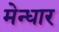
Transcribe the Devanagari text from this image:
मेन्धार